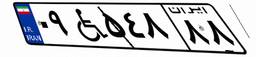
۹۱W۳۶۱۴۱